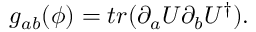
g _ { a b } ( \phi ) = t r ( \partial _ { a } U \partial _ { b } U ^ { \dagger } ) .